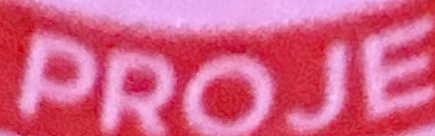
PROJE